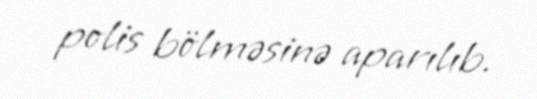
polis bölməsinə aparılıb.